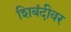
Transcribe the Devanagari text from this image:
शिबंदीवर